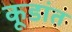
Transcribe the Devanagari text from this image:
कूडांत